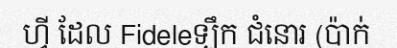
ហ្វី ដែល Fideleឡឹក ជំនោរ (ប៉ាក់